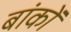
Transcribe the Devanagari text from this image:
बांकों